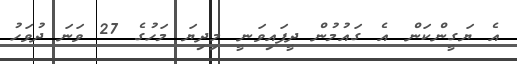
އެ ޔަގީންކަން އެ ގައުމުން ދީފައިވަނީ މިދިޔަ މަހުގެ 27 ވަނަ ދުވަހު